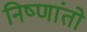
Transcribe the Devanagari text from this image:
निष्णांतो